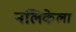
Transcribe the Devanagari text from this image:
नलिकेला